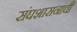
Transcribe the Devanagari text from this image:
संघशासनाची